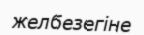
желбезегіне